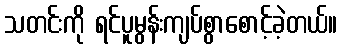
သတင်းကို ရင်ပူမွန်းကျပ်စွာစောင့်ခဲ့တယ်။